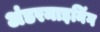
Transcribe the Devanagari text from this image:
अंडरमाइनिंग